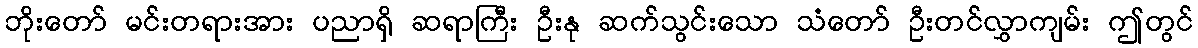
ဘိုးတော် မင်းတရားအား ပညာရှိ ဆရာကြီး ဦးနု ဆက်သွင်းသော သံတော် ဦးတင်လွှာကျမ်း ဤတွင်